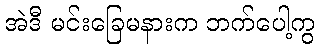
အဲဒီ မင်းခြေမနားက ဘက်ပေါ့ကွ